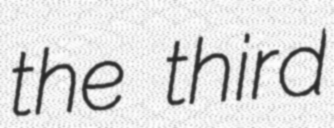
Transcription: the third